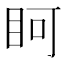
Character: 𭾨